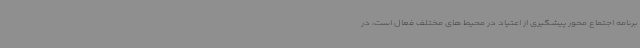
برنامه اجتماع محور پیشگیری از اعتیاد در محیط های مختلف فعال است، در